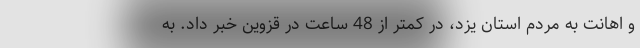
و اهانت به مردم استان یزد، در کمتر از 48 ساعت در قزوین خبر داد. به